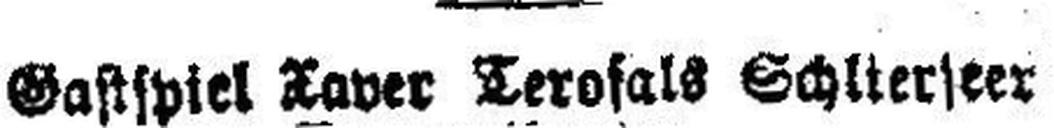
Gastspiel Xaver Terofals Schlter###eer